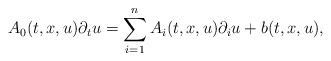
\begin{align*}A_0(t,x,u) \partial_t u = \sum_{i = 1}^n A_{i}(t,x,u) \partial_{i} u + b(t,x,u), \end{align*}